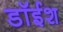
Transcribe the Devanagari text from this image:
डॉईश